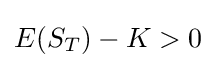
E(S_{T})-K>0